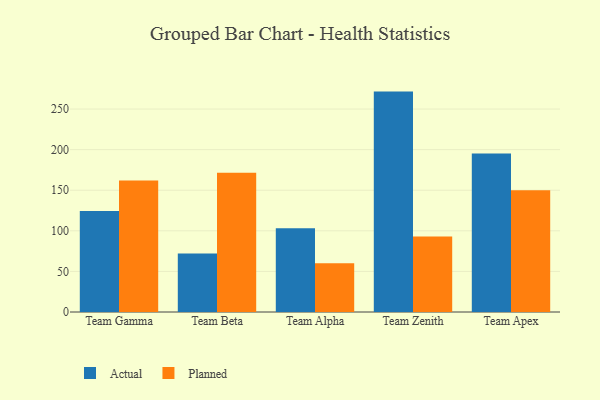
{"axis": {"x": "Team", "y": "Budget (USD K)"}, "legend": ["Actual", "Planned"], "data": [{"x": "Team Gamma", "y": 124.5, "type": "Actual"}, {"x": "Team Gamma", "y": 162.1, "type": "Planned"}, {"x": "Team Beta", "y": 72.1, "type": "Actual"}, {"x": "Team Beta", "y": 171.4, "type": "Planned"}, {"x": "Team Alpha", "y": 103.1, "type": "Actual"}, {"x": "Team Alpha", "y": 60.1, "type": "Planned"}, {"x": "Team Zenith", "y": 271.5, "type": "Actual"}, {"x": "Team Zenith", "y": 92.9, "type": "Planned"}, {"x": "Team Apex", "y": 195.1, "type": "Actual"}, {"x": "Team Apex", "y": 149.9, "type": "Planned"}]}